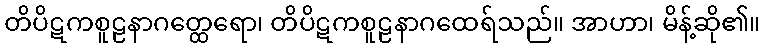
တိပိဋကစူဠနာဂတ္ထေရော၊ တိပိဋကစူဠနာဂထေရ်သည်။ အာဟာ၊ မိန့်ဆို၏။